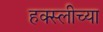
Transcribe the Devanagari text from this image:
हक्स्लीच्या